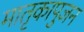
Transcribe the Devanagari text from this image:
मातृकापुजन